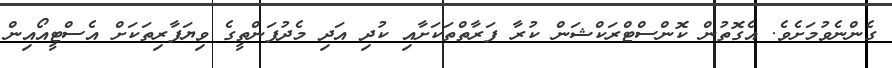
ގެންނެވުމަށެވެ. އެގޮތުން ކޮންސްޓްރަކްޝަން ކުރާ ފަރާތްތަކަށާއި ކުދި އަދި މެދުފަންތީގެ ވިޔަފާރިތަކަށް އެސްޓީއޯއިން